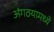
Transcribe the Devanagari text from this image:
अंगठयामध्ये